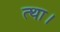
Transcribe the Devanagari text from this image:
त्था।